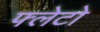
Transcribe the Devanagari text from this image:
फ्लेटो